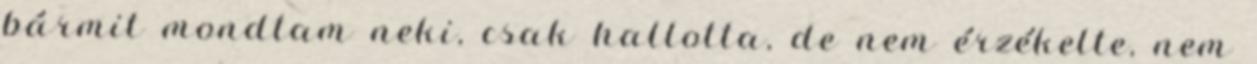
bármit mondtam neki, csak hallotta, de nem érzékelte, nem